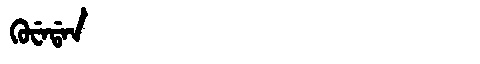
Manchu: ᡴᡠᠸᡝᡩᠠᠨ
Romanization: KUWEDAN